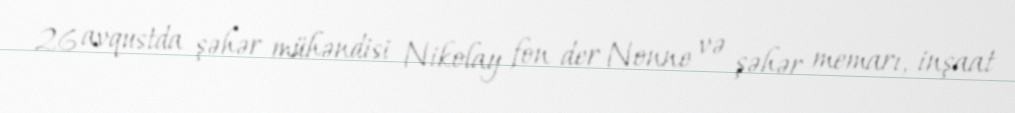
26 avqustda şəhər mühəndisi Nikolay fon der Nonne və şəhər memarı, inşaat